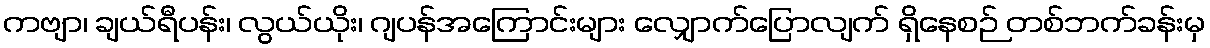
ကဗျာ၊ ချယ်ရီပန်း၊ လွယ်ယိုး၊ ဂျပန်အကြောင်းများ လျှောက်ပြောလျက် ရှိနေစဉ် တစ်ဘက်ခန်းမှ